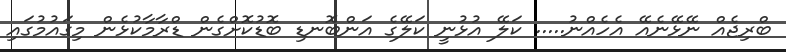
ބްރިޖެއް ނޭޅޭނެއޭ އެހެއްނު..... ކަލޭ އުޅުނީ ކަލޭގެ އަންބޮނޑި ބޮޑުކޮށްގެން ޑްރާމާކުޅެން މިގައުމުގައި